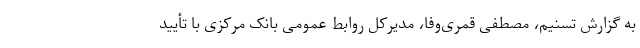
به گزارش تسنیم، مصطفی قمری‌وفا، مدیرکل روابط عمومی بانک مرکزی با تأیید